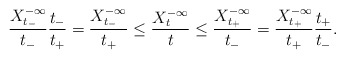
\begin{align*}\frac{X_{t_-}^{-\infty}}{t_-} \frac{t_-}{t_+}= \frac{X_{t_-}^{-\infty}}{t_+} \leq \frac{X_t^{-\infty}}t \leq \frac{X_{t_+}^{-\infty}}{t_-} = \frac{X_{t_+}^{-\infty}}{t_+} \frac{t_+}{t_-}.\end{align*}